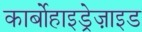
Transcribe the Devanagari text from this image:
कार्बोहाइड्रेज़ाइड